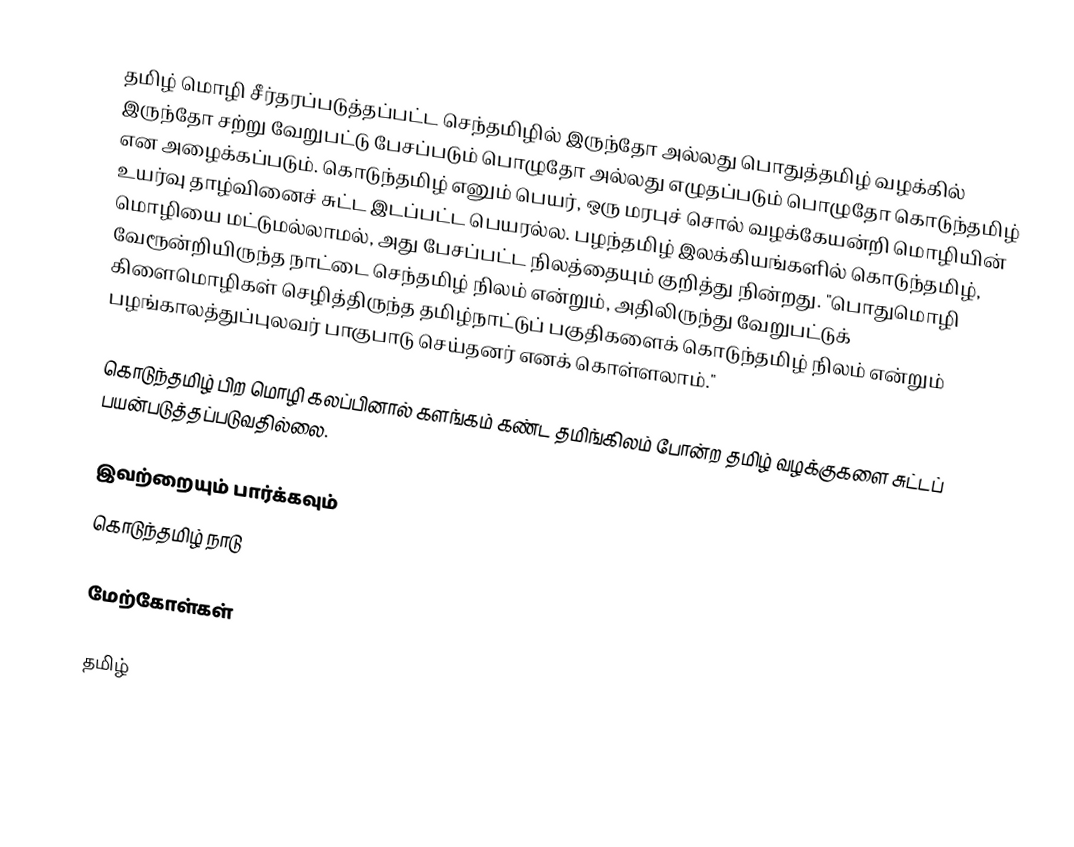
தமிழ் மொழி சீர்தரப்படுத்தப்பட்ட செந்தமிழில் இருந்தோ அல்லது பொதுத்தமிழ் வழக்கில் இருந்தோ சற்று வேறுபட்டு பேசப்படும் பொழுதோ அல்லது எழுதப்படும் பொழுதோ கொடுந்தமிழ் என அழைக்கப்படும்.  கொடுந்தமிழ் எனும் பெயர், ஒரு மரபுச் சொல் வழக்கேயன்றி மொழியின் உயர்வு தாழ்வினைச் சுட்ட இடப்பட்ட பெயரல்ல.  பழந்தமிழ் இலக்கியங்களில் கொடுந்தமிழ், மொழியை மட்டுமல்லாமல், அது பேசப்பட்ட நிலத்தையும் குறித்து நின்றது.  "பொதுமொழி வேரூன்றியிருந்த நாட்டை செந்தமிழ் நிலம் என்றும், அதிலிருந்து வேறுபட்டுக் கிளைமொழிகள் செழித்திருந்த தமிழ்நாட்டுப் பகுதிகளைக் கொடுந்தமிழ் நிலம் என்றும் பழங்காலத்துப்புலவர் பாகுபாடு செய்தனர் எனக் கொள்ளலாம்."

கொடுந்தமிழ் பிற மொழி கலப்பினால் களங்கம் கண்ட தமிங்கிலம் போன்ற தமிழ் வழக்குகளை சுட்டப் பயன்படுத்தப்படுவதில்லை.

இவற்றையும் பார்க்கவும்
கொடுந்தமிழ் நாடு

மேற்கோள்கள்

தமிழ்